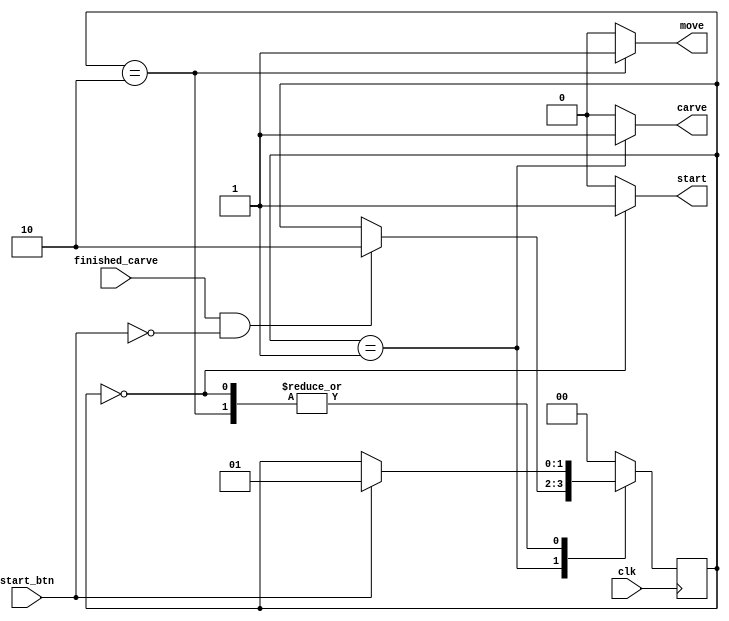

/***********************************************
*  ECE324 Digital Systems Design:  Maze Generator
*  John Hofman, Candice Adsero, & Ricky Barella
*  maze_state module
************************************************/

module maze_state
	(
		input clk,              // clock input
		input start_btn,        // start button pressed
		input finished_carve,   // carving algorithm is done
		output start,           // maze_state is at start
		output carve,           // maze_state is at carve
		output move             // maze_state is at move
	);
	
    // state definitions
	localparam [1:0] START = 0;
	localparam [1:0] CARVE = 1;
	localparam [1:0] MOVE = 2;
	
    // state register
	reg [1:0] state = START;
	
    // assign outputs
	assign start = (state == START) ? 1'b1 : 1'b0;
    assign carve = (state == CARVE) ? 1'b1 : 1'b0;
    assign move = (state == MOVE)   ? 1'b1 : 1'b0;
	
    always @(posedge clk)
        case (state)
            START:      // maze generator starts out on start screen
                begin
                    if (start_btn)
                        state <= CARVE;
                end
            CARVE:      // start_btn activates carving algorithm
                begin
                    if (finished_carve & !start_btn)
                        state <= MOVE;
                end
            MOVE:       // when carving algorithm is finished, movement
                        // code is activated
                begin
                    if (start_btn)
                        state <= CARVE;
                end
            default:    // Go back to start screen when state machine
                        // fails
                state <= START;
        endcase
    
endmodule